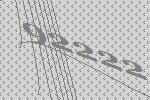
92222